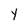
Character: Y